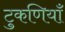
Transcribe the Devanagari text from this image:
टुकणियाँ